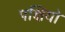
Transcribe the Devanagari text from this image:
पक्षियो